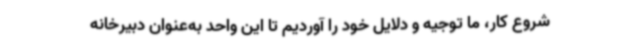
شروع کار، ما توجیه و دلایل خود را آوردیم تا این واحد به‌عنوان دبیرخانه